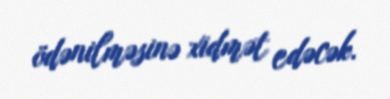
ödənilməsinə xidmət edəcək.